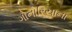
ગોનોરિયાના